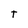
Character: T